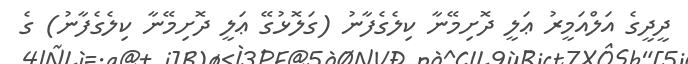
ދީދީގެ އަލްއަމީރު ޢަލީ ދޮށިމޭނާ ކިލެގެފާނު (ގަލޮޅުގޭ ޢަލީ ދޮށިމޭނާ ކިލެގެފާނު) ގެ